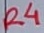
Text: R4